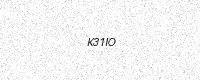
Text: K31IO